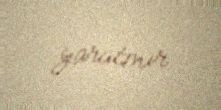
yaratmır.